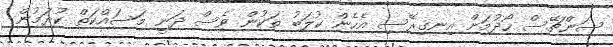
ސަންޗޭސް ހޯދުމަށް އިނގިރޭސި އެހެން ކުލަބު ތަކުން ވެސް ދަނީ މަސައްކަތް ކުރަމުން